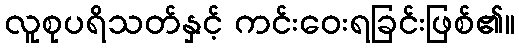
လူစုပရိသတ်နှင့် ကင်းဝေးရခြင်းဖြစ်၏။